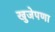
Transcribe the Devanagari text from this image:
खुजेपणा